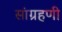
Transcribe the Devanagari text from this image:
सांग्रहणी